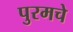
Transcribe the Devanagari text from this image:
पुरमचे